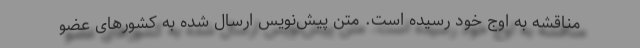
مناقشه به اوج خود رسیده است. متن پیش‌نویس ارسال شده به کشورهای عضو